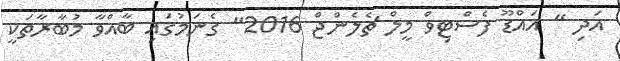
އަދި " އައްޑޫ ފެސްޓިވް މީލް ޗެލެންޖް 2016" ގެނަމުގައި ބާއްވާ މުބާރާތަކީ